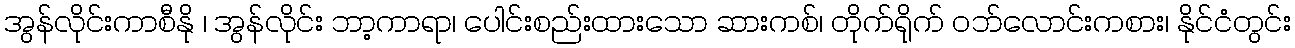
အွန်လိုင်းကာစီနို ၊ အွန်လိုင်း ဘာ့ကာရာ၊ ပေါင်းစည်းထားသော ဆားကစ်၊ တိုက်ရိုက် ဝဘ်လောင်းကစား၊ နိုင်ငံတွင်း